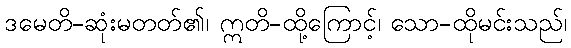
ဒမေတိ-ဆုံးမတတ်၏၊ ဣတိ-ထို့ကြောင့်၊ သော-ထိုမင်းသည်၊